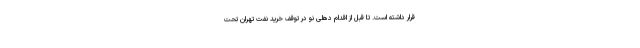
قرار داشته است. تا قبل از اقدام دهلی نو در توقف خرید نفت تهران تحت